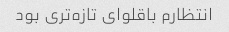
انتظارم باقلوای تازه‌تری بود